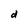
Character: d